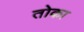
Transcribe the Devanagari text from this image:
तोका